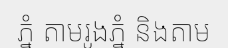
ភ្នំ តាមរូងភ្នំ និងតាម